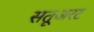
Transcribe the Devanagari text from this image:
सतूअरट